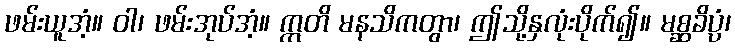
ဖမ်းယူအံ့။ ဝါ၊ ဖမ်းအုပ်အံ့။ ဣတိ မနသိကတွာ၊ ဤသို့နှလုံးပိုက်၍။ မစ္ဆခိပ္ပံ၊